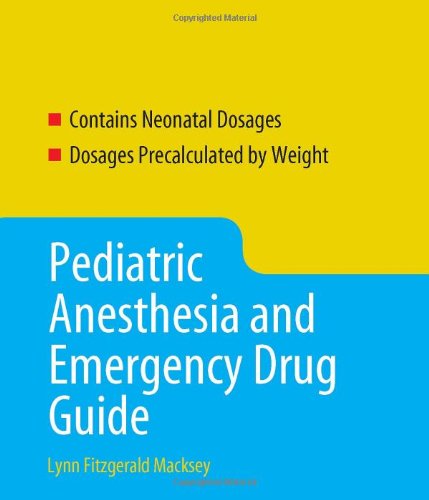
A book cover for Pediatric Anesthesia And Emergency Drug Guide (Macksey, Pediatric Anesthesia and Emergency Drug Guide); Lynn Fitzgerald Macksey; Medical Books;